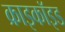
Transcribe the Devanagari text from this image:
क्राइकॉइड